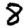
Digit: 8